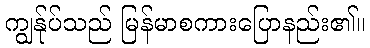
ကျွန်ုပ်သည် မြန်မာစကားပြောနည်း၏။